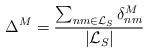
LaTeX: \begin{align*} \Delta^M = \frac{\sum_{nm \in \mathcal{L}_S} \delta^M_{nm}}{|\mathcal{L}_S|}\end{align*}